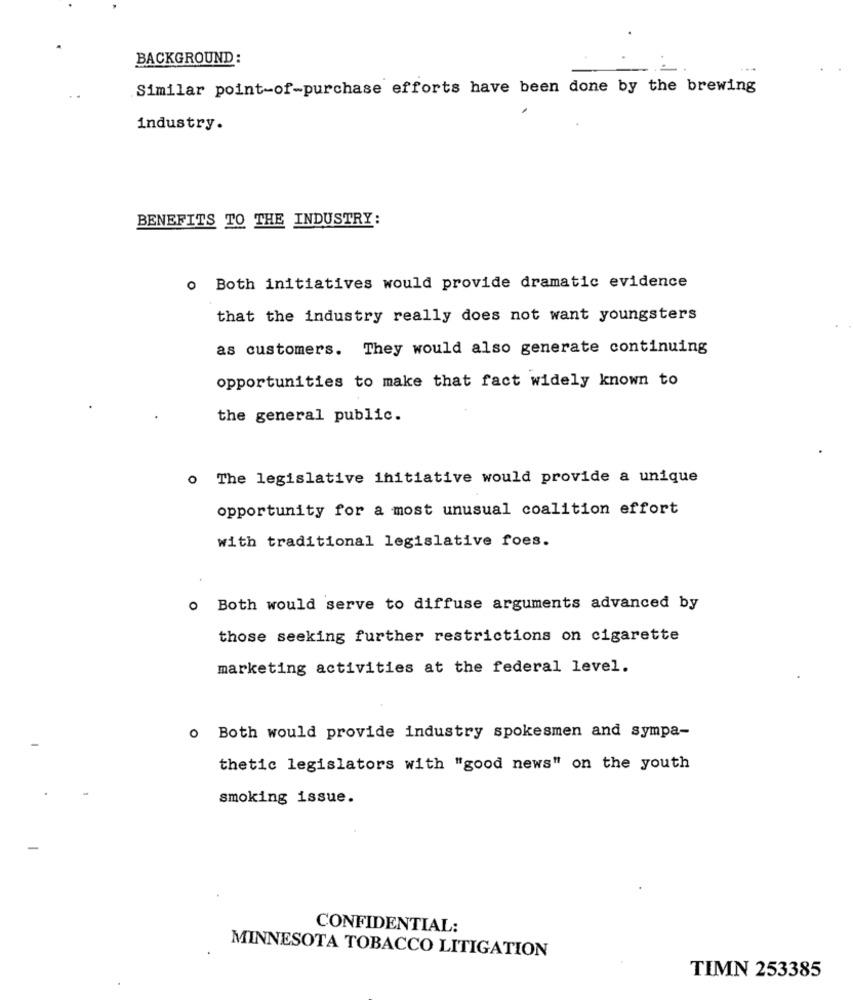
BACKGROUND:
Similar point-of-purchase efforts have been done by the brewing
industry.
BENEFITS TO THE INDUSTRY:
o Both initiatives would provide dramatic evidence
that the industry really does not want youngsters
as customers. They would also generate continuing
opportunities to make that fact widely known to
the general public.
o The legislative initiative would provide a unique
opportunity for a most unusual coalition effort
with traditional legislative foes.
o Both would serve to diffuse arguments advanced by
those seeking further restrictions on cigarette
marketing activities at the federal level.
o Both would provide industry spokesmen and sympa-
thetic legislators with "good news" on the youth
smoking issue.
CONFIDENTIAL:
MINNESOTA TOBACCO LITIGATION
TIMN 253385